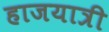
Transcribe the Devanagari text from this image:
हाजयात्री